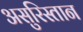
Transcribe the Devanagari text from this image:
असुरिस्तान